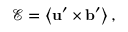
\boldsymbol { \mathcal { E } } = \left\langle \mathbf { u } ^ { \prime } \times \mathbf { b } ^ { \prime } \right\rangle ,